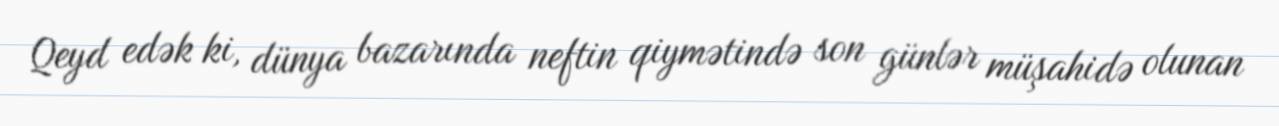
Qeyd edək ki, dünya bazarında neftin qiymətində son günlər müşahidə olunan